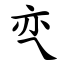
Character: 亪